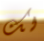
لك